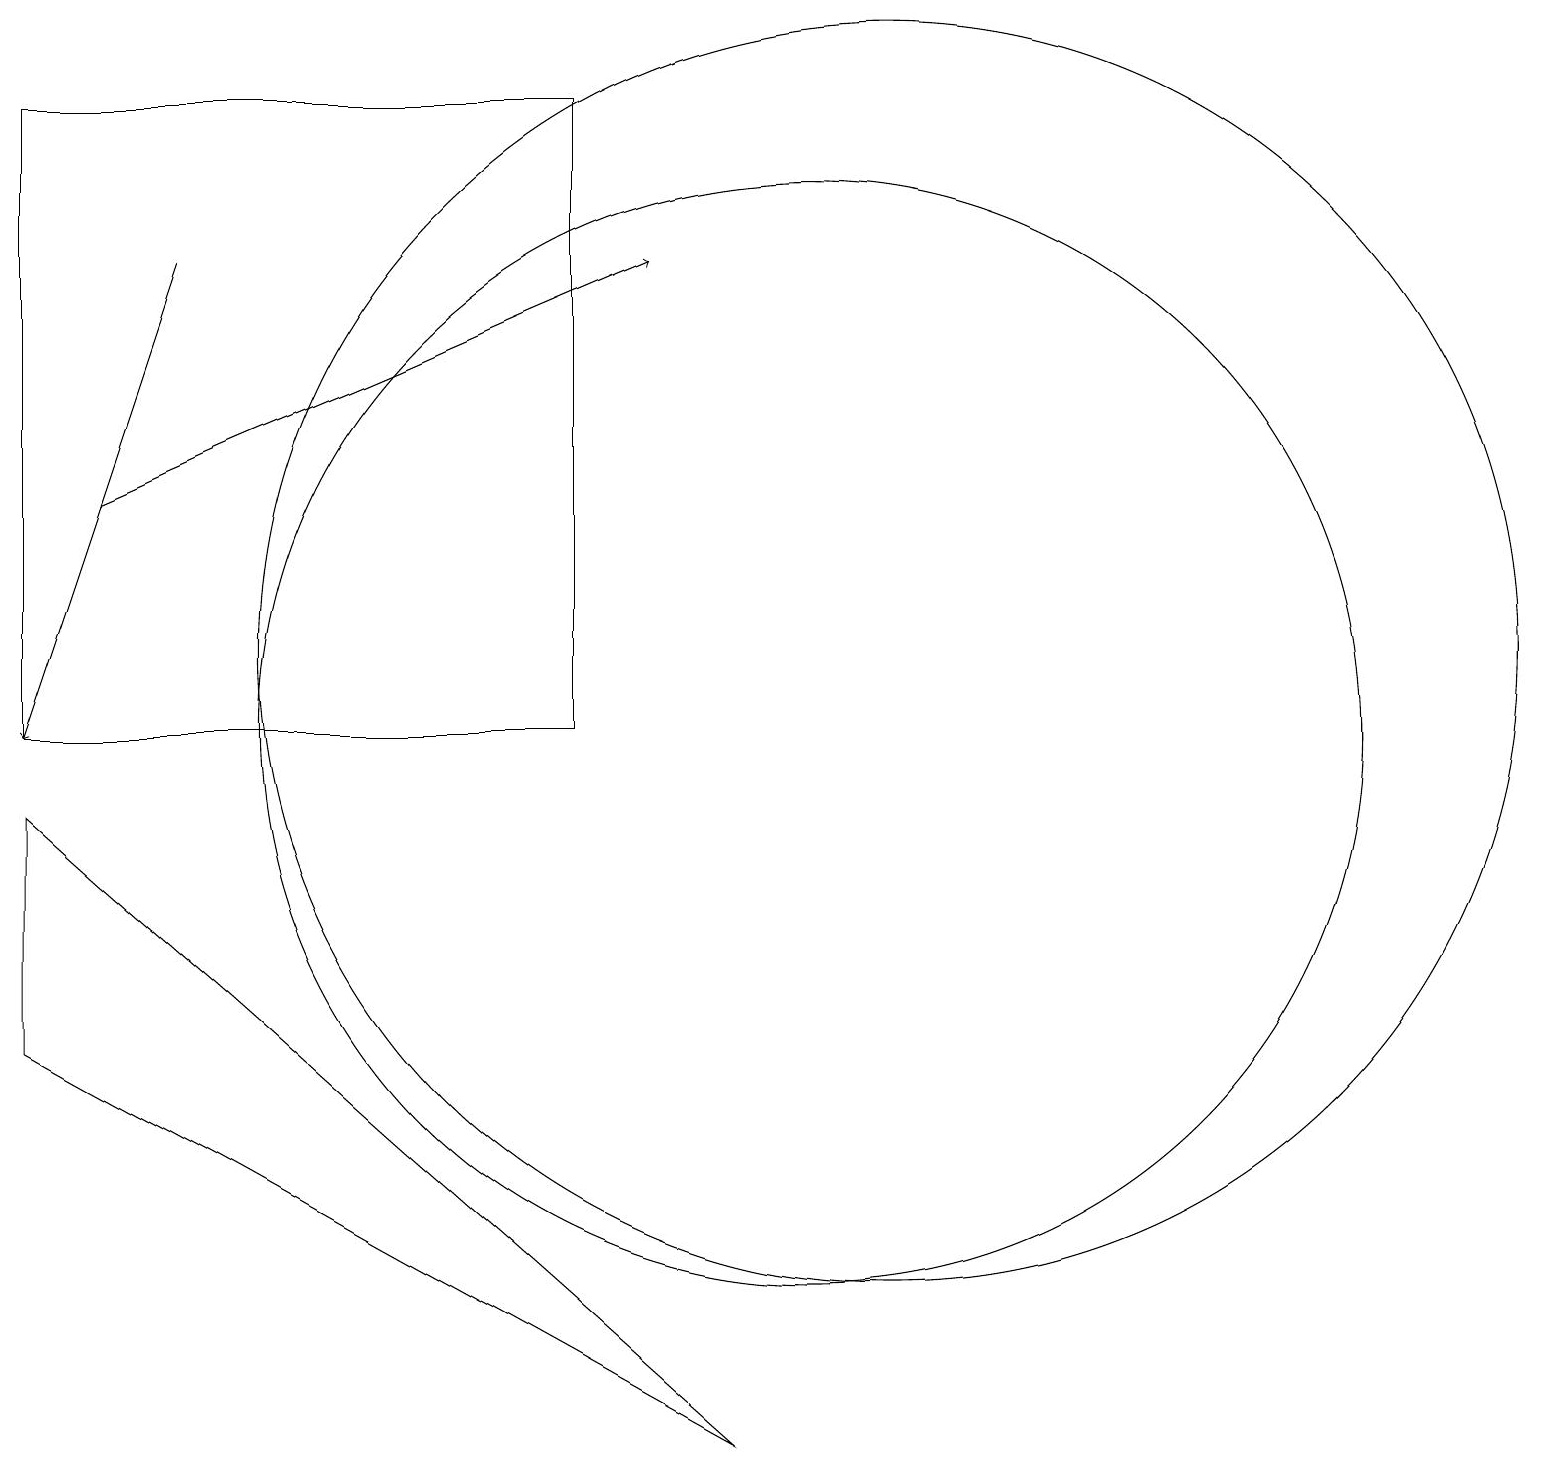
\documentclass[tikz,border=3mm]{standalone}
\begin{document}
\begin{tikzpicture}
\draw (11,11) circle (8);
\draw[->] (1,13) -- (8,16);
\draw (0,6) -- (9,1) -- (0,9) -- cycle;
\draw (10,10) circle (7);
\draw[->] (2,16) -- (0,10);
\draw (0,18) rectangle (7,10);
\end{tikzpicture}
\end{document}